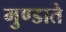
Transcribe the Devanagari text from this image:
मुण्डाते